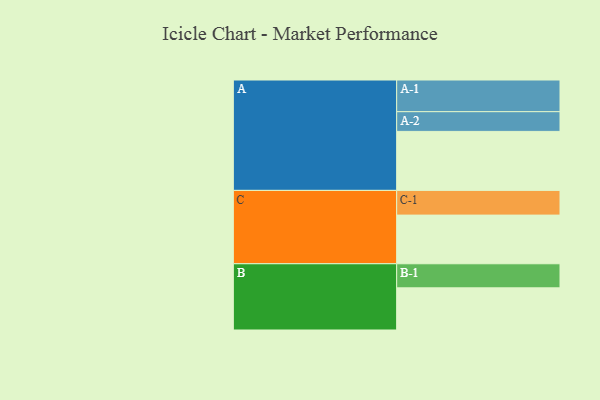
{"axis": {"x": "Segment", "y": "Value"}, "legend": ["", "A", "B", "C"], "data": [{"x": "A", "y": 473, "type": ""}, {"x": "B", "y": 338, "type": ""}, {"x": "C", "y": 390, "type": ""}, {"x": "A-1", "y": 254, "type": "A"}, {"x": "A-2", "y": 158, "type": "A"}, {"x": "B-1", "y": 193, "type": "B"}, {"x": "C-1", "y": 198, "type": "C"}]}